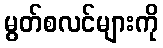
မွတ်စလင်များကို